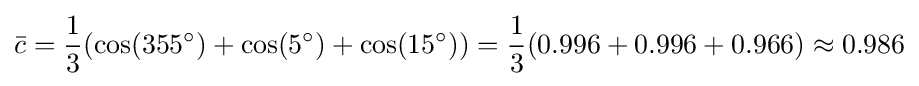
{\bar {c}}={\frac {1}{3}}(\cos(355^{\circ })+\cos(5^{\circ })+\cos(15^{\circ }))={\frac {1}{3}}(0.996+0.996+0.966)\approx 0.986